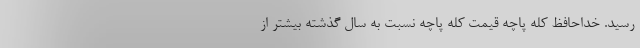
رسید. خداحافظ کله‌ پاچه قیمت کله ‌پاچه نسبت به سال گذشته بیشتر از